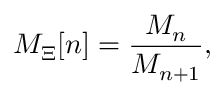
M _ { \Xi } [ n ] = \frac { { \cal M } _ { n } } { { \cal M } _ { n + 1 } } ,